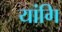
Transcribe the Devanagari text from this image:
यांगि